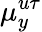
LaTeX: \mu_{y}^{u\tau}